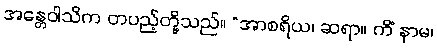
အန္တေဝါသိက တပည့်တို့သည်။ “အာစရိယ၊ ဆရာ။ ကိံ နာမ၊